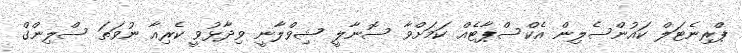
ޕްރިނެޓަލް ކައުންސެލިން އެކްސްޕާޓެއް ކަމަށްވާ ސޮނާލީ ޝިވްލާނީ ވިދާޅުވީ ކެރިއާ ނުވަތަ ސްލިންގް